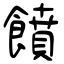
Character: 饙